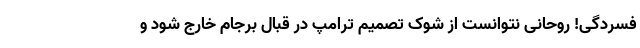
فسردگی! روحانی نتوانست از شوک تصمیم ترامپ در قبال برجام خارج شود و